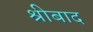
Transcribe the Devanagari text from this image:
श्रीबाद